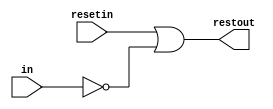
//--------------------------------------------------------------------------------------------------
//
// Title       : ResetControl
// Design      : design0
// Company     : Mahmoud Galal
//
//-------------------------------------------------------------------------------------------------
//
// Generated   : Sun Dec 17 02:27:37 2023
// From        : interface description file
// By          : Itf2Vhdl ver. 1.20
//
//-------------------------------------------------------------------------------------------------
//
// Description : 
//
//-------------------------------------------------------------------------------------------------
`timescale 1 ns / 1 ps

//{{ Section below this comment is automatically maintained
//   and may be overwritten
//{module {ResetControl}}
module ResetControl (resetin,in,restout);
	input resetin,in;
	
	output restout;
	
	assign restout = resetin | ~in;
	
endmodule